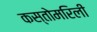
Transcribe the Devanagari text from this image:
कस्तोमरिली